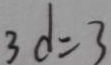
3 d = 3